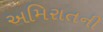
અમિરાતની